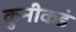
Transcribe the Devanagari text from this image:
कुनीकडं